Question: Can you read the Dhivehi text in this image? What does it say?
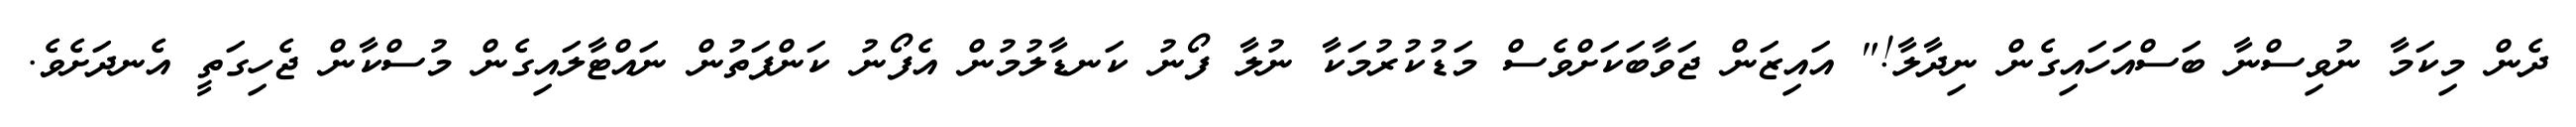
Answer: ދެން މިކަމާ ނުވިސްނާ ބަސްއަހައިގެން ނިދާލާ!" އައިޒަން ޖަވާބަކަށްވެސް މަޑުކުރުމަކާ ނުލާ ފޯނު ކަނޑާލުމުން އެފޯނު ކަންފަތުން ނައްޓާލައިގެން މުސްކާން ޖެހިގަތީ އެނދަށެވެ.